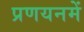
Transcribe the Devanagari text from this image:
प्रणयनमें